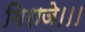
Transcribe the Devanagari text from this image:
विराजे।।।